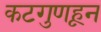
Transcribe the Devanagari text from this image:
कटगुणहून